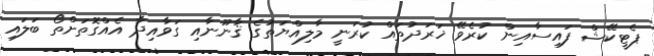
ޕެޓީކޭޝް ފައިސާއިން ކުރެވޭ ޚަރަދުތައް ކުރަނީ މާލިއްޔަތުގެ ޤާނޫނާއި ގަވާއިދާ އެއްގޮތަށްތޯ ބަލައި